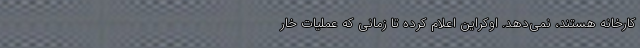
کارخانه هستند، نمی‌دهد. اوکراین اعلام کرده تا زمانی که عملیات خار